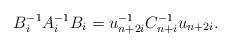
LaTeX: \begin{align*}B_{i}^{-1}A_{i}^{-1}B_{i}=u_{n+2i}^{-1}C_{n+i}^{-1}u_{n+2i}.\end{align*}